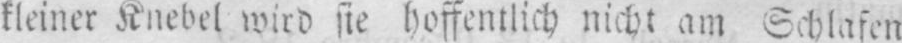
kleiner Knebel wird sie hoffentlich nicht am Schlafen